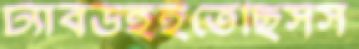
ট্যাবডহইতেছিসস